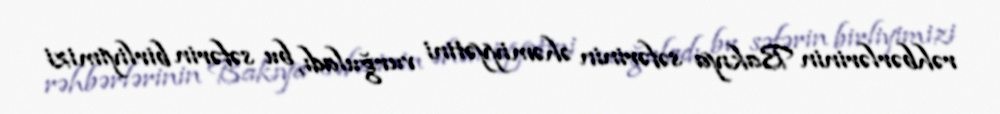
rəhbərlərinin Bakıya səfərinin əhəmiyyətini vurğuladı, bu səfərin birliyimizi